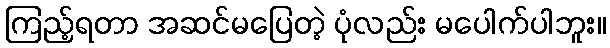
ကြည့်ရတာ အဆင်မပြေတဲ့ ပုံလည်း မပေါက်ပါဘူး။